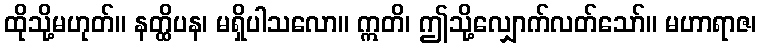
ထိုသို့မဟုတ်။ နတ္ထိပန၊ မရှိပါသလော။ ဣတိ၊ ဤသို့လျှောက်လတ်သော်။ မဟာရာဇ၊